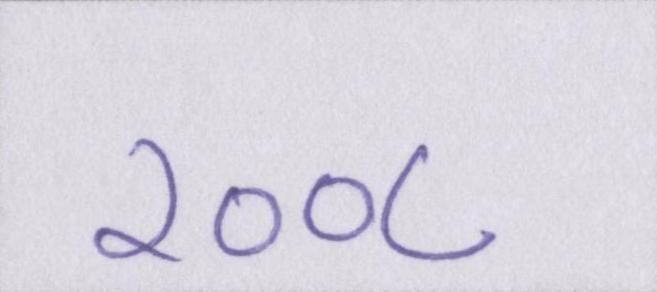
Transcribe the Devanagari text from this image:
२००८